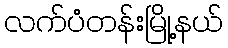
လက်ပံတန်းမြို့နယ်